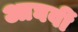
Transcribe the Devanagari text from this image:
आघवीं